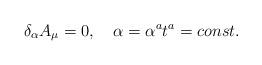
LaTeX: \begin{align*}\delta_\alpha A_\mu=0, \quad \alpha=\alpha^at^a=const.\end{align*}